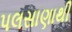
પલસાણાથી